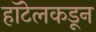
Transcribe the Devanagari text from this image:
हॉटेलकडून